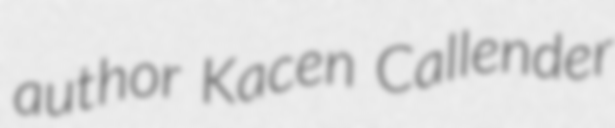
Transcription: author Kacen Callender